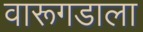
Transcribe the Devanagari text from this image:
वारूगडाला